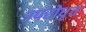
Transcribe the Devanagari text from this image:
उपरोधृत